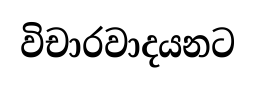
විචාරවාදයනට